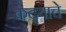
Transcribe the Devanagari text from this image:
कढ्याचे